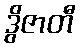
ဒွိဇာတီ